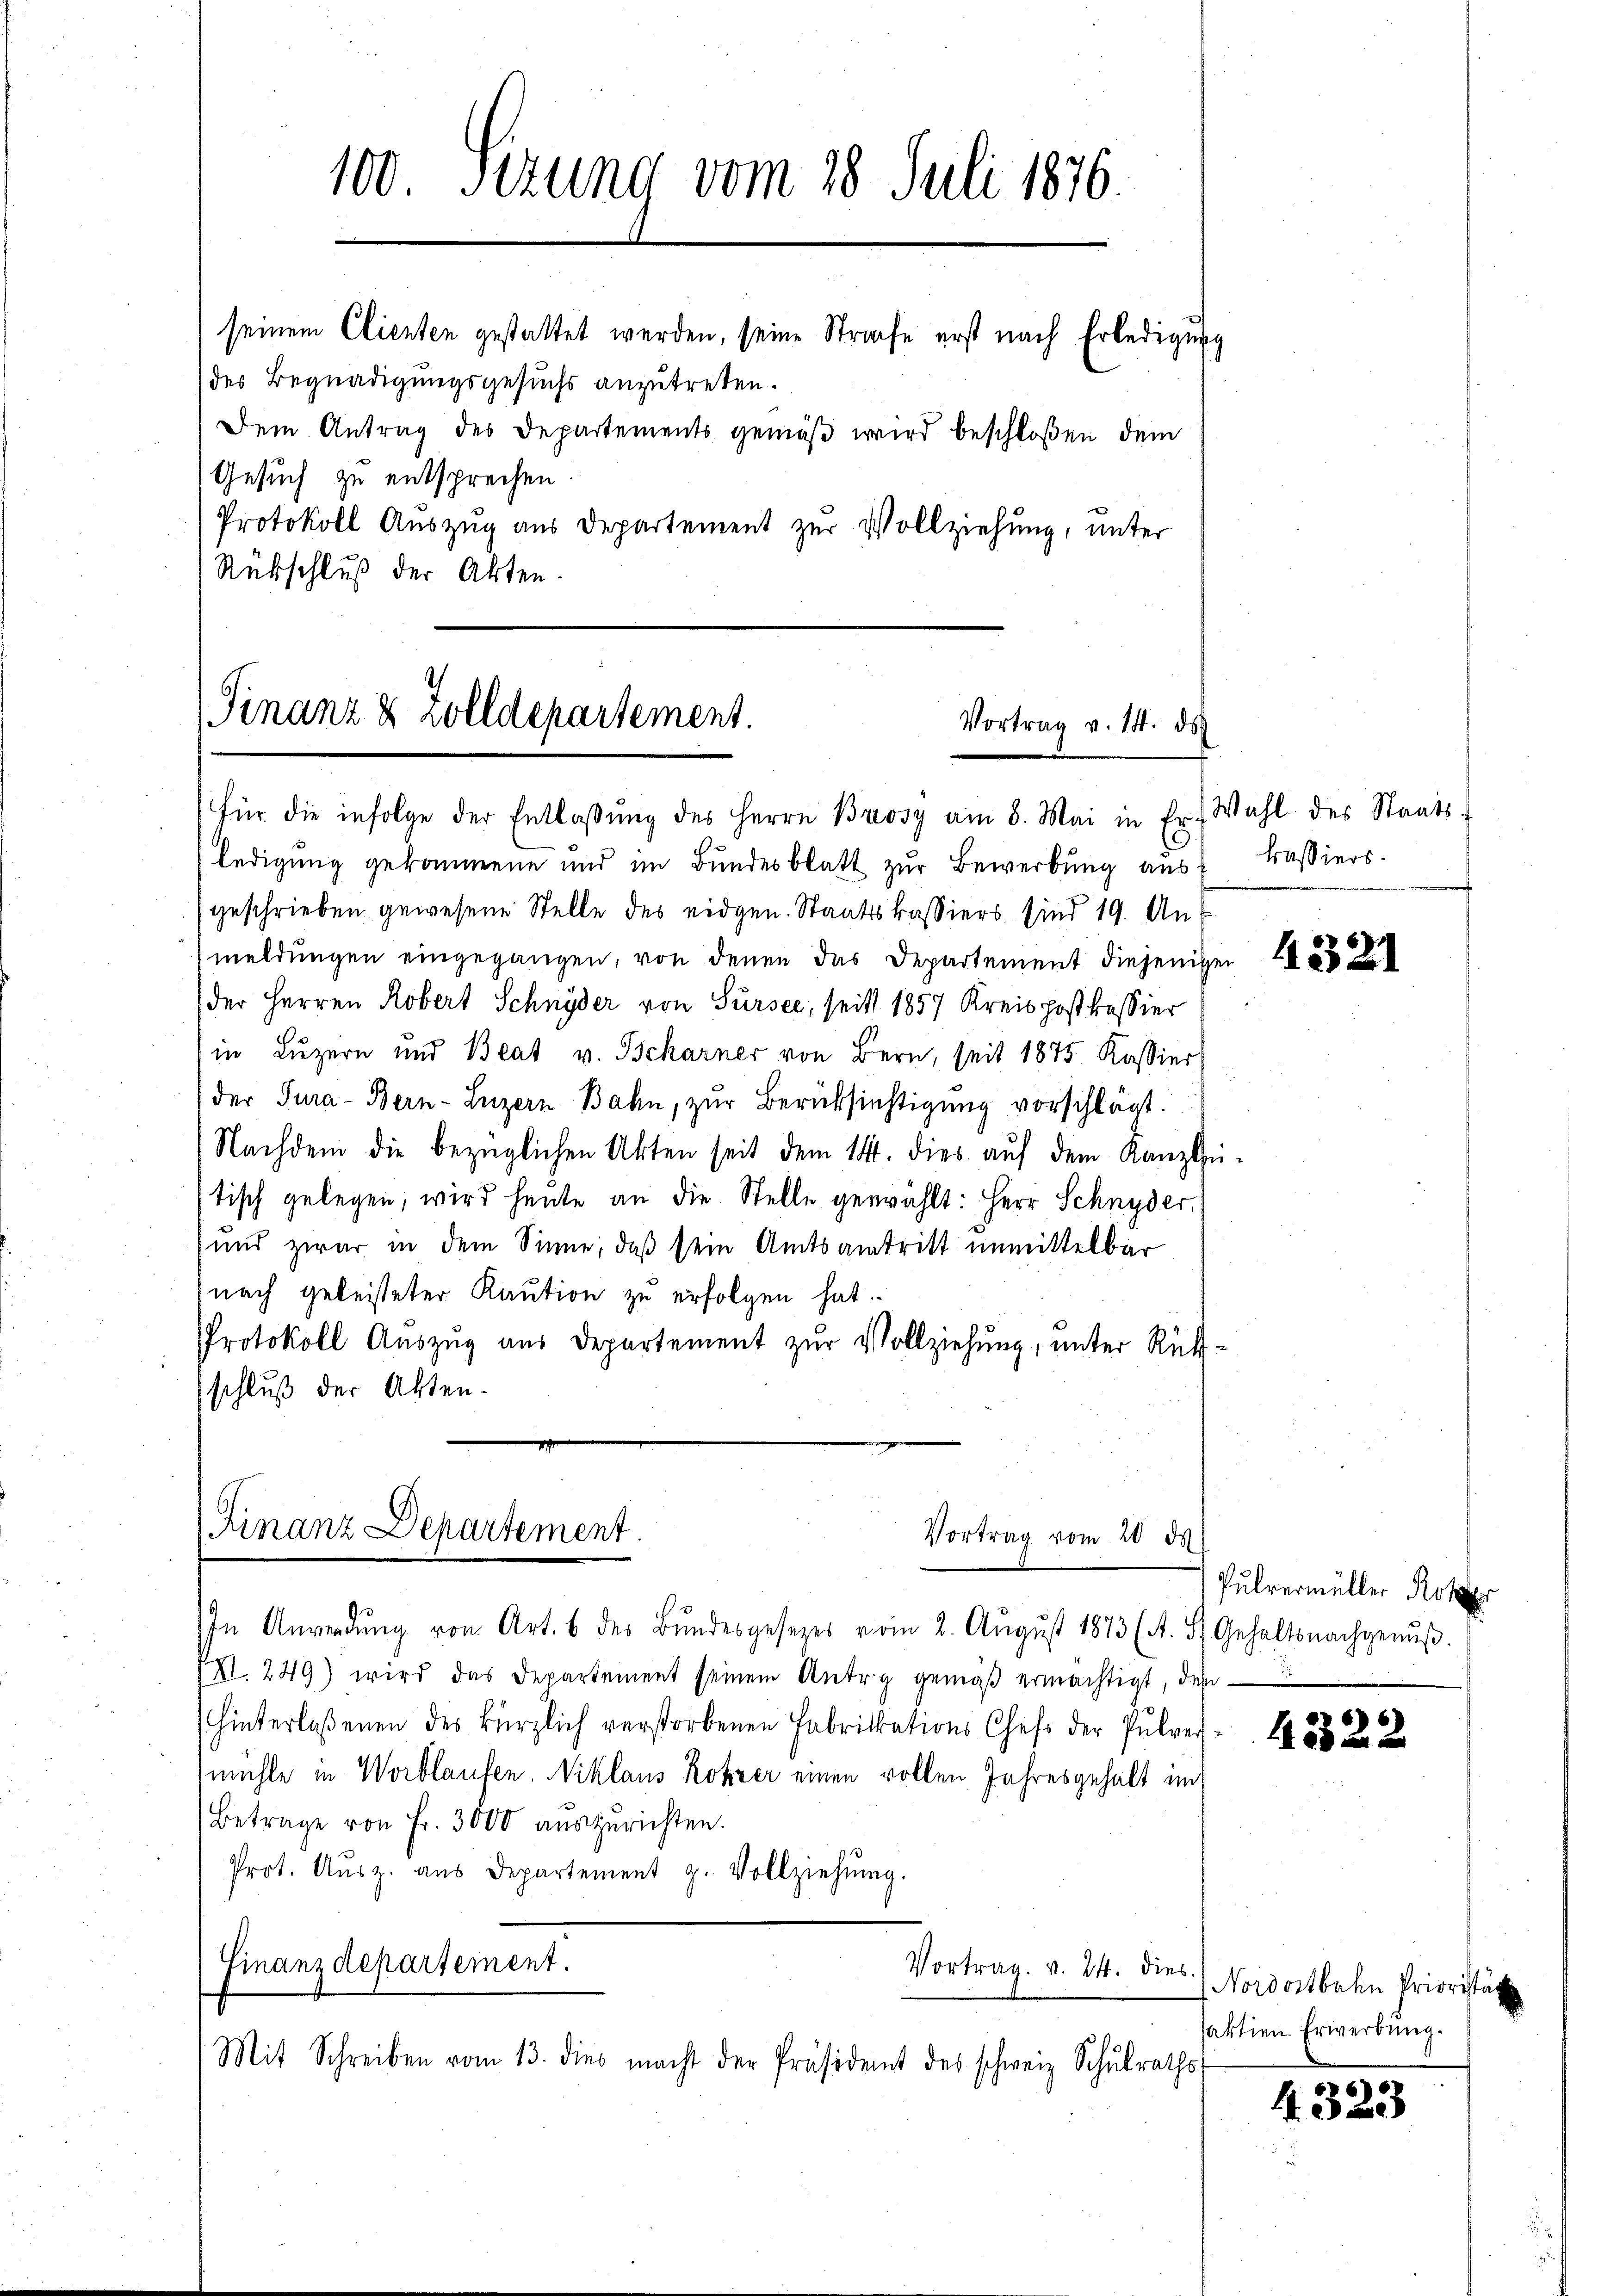
Rückschluß der Akten.

100 Sizung vom 28. Juli 1876.
seinem Clienten gestattet werden, seine Strafe erst nach Erledigung
des Begnadigungsgesuchs anzutreten.
Dem Antrag des Departements gemäß wird beschloßen dem
Gesuch zu entsprechen.
Protokoll Auszug aus Departement zur Vollziehung, unter

für die infolge der Entlaßung des Herrn Brosy am 8. Mai in Er Wahl des Staats-
ledigung gekommene und im Bundesblatt zur Bewerbung aus
geschrieben gewesene Stelle des eidgen. Staatskassiers sind 19. Anmeldungen eingegangen, von denen das Departement diejeniger
der Herren Robert Schnyder von Sursee, seits 1857 Kreis postkassier
in Luzern und Beat v. Tscharner von Bern, seit 1875. Kassier
der Jura - Bern- Luzern Bahn, zur Berücksichtigung vorschlägt.
Nachdem die bezüglichen Akten seit dem 14. dies aŭf dem Kanzlei-
tisch gelegen, wird heute an die Stelle gewählt: Herr Schnyder,
und zwar in dem Sinne, daß sein Amtsantritt unmittelbar
nach geleisteter Kaution zu erfolgen hat.
PProtokoll Auszug aus Departement zur Vollziehung, unter Rückschluß der Akten.

(Finanz & Zolldepartement.
Vortrag v. 14. ds

Finanz Departement
Vortrag vom 20. ds

In Anwendŭng von Art. 6 des Bŭndesgesezes vom 2. Aŭgŭst 1873 (A. St. Gehaltsnachgenŭβ.
XXI. 249) wird das Departement seinem Antrag gemäß ermächtigt, dem¬
(hinterlaßenen des kürzlich verstorbenen Fabrikations-Chefs der Pulver
mühle in Worblaufen. Niklaus Rohzer einen vollen Jahresgehalt im
Betrage von Fr. 3000 auszurichten.
Prot. Aŭsz. aŭs Departement z. Vollziehŭng.
Finanzdepartement.
Vortrag. v. 24. dies
Mit Schreiben vom 13. dies macht der Präsident des schweiz. Schŭlraths-

kassiers.

4321

Pulvermüller Rohr

4322

Nordostbahn Prioristun
faktien Erwerbung.

4323